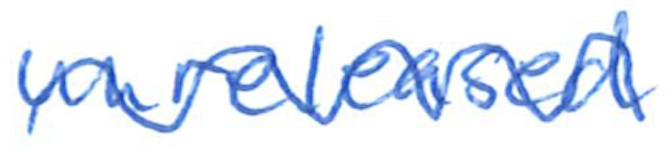
Text: unreleased
Cross-out: wave
Writing tool: ballpoint